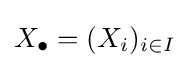
X_{\bullet }=(X_{i})_{i\in I}